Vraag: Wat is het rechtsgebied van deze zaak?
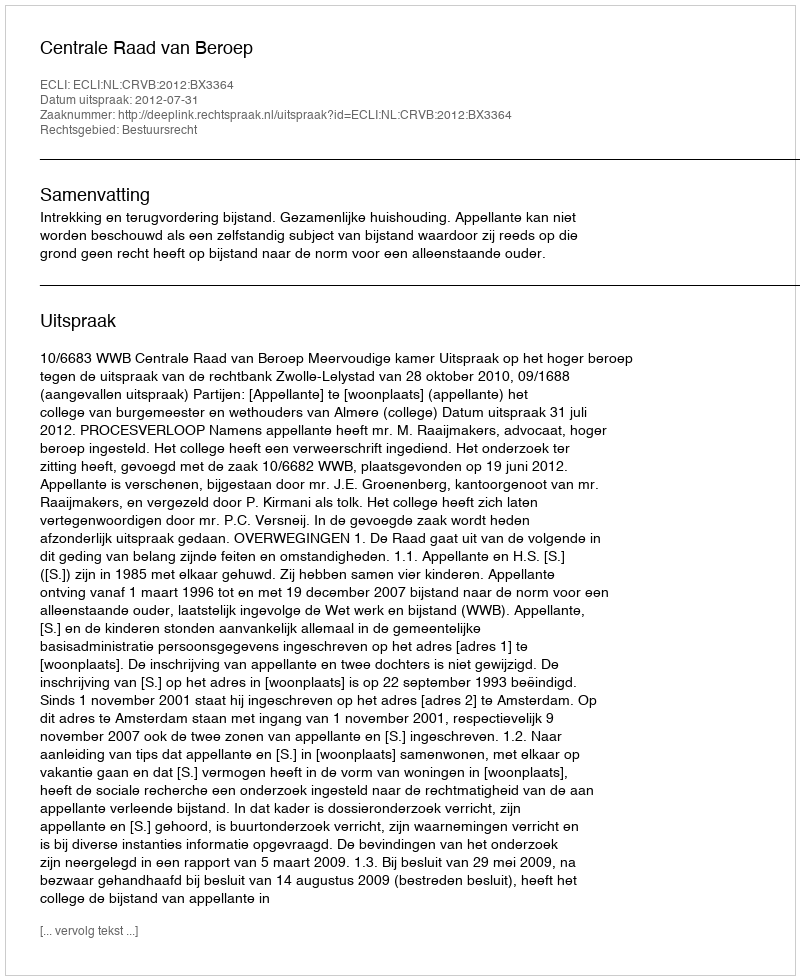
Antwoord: Bestuursrecht